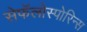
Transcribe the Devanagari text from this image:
सेफॅलोस्पोरिन्स